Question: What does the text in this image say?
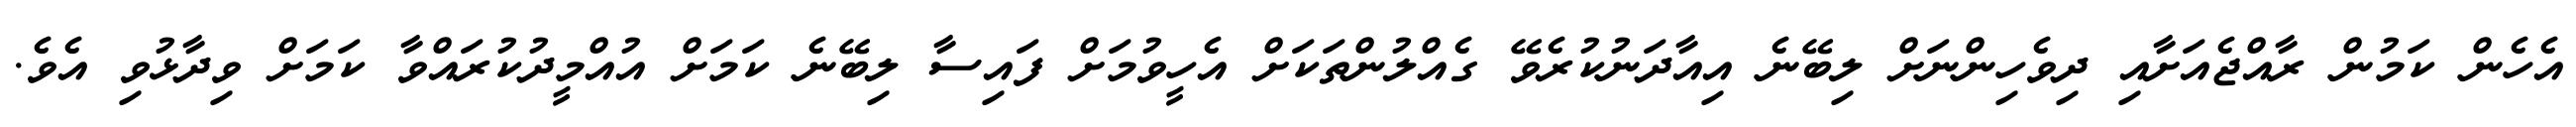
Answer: އެހެން ކަމުން ރާއްޖެއަށާއި ދިވެހިންނަށް ލިބޭނެ އިއާދަނުކުރެވޭ ގެއްލުންތަކަށް އެހީވުމަށް ފައިސާ ލިބޭނެ ކަމަށް އުއްމީދުކުރައްވާ ކަމަށް ވިދާޅުވި އެވެ.